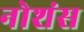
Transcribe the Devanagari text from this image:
नोशंस